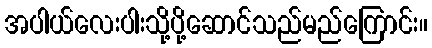
အပါယ်လေးပါးသို့ပို့ဆောင်သည်မည်ကြောင်း။